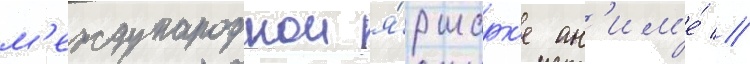
м'еждународнои я́рмарк'е ан'им'е́ //